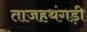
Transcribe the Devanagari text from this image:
ताजहथंगड़ी